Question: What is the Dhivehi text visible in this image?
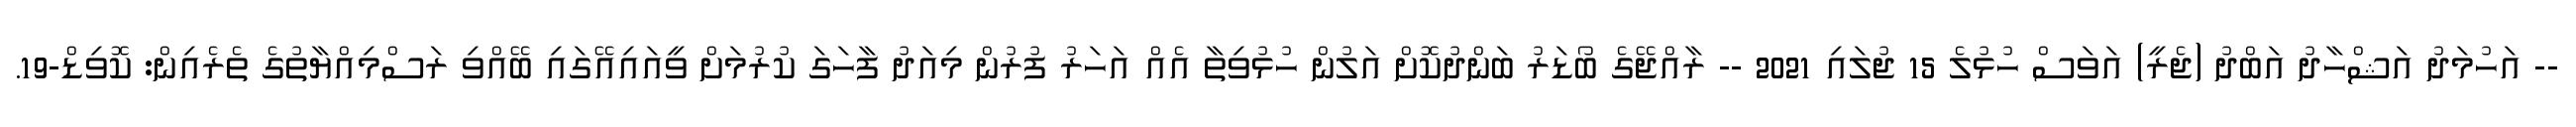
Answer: -- އަހުމަދު އަޝްހާދު އަބްދު (ޖެރީ) އަވަސް ހުޅުލެ 15 ޖުލައި 2021 -- ރާއްޖޭގެ ބޯޑަރު ބަންދުކޮށް އަލުން ހުޅުވިތާ އެއް އަހަރު ފުރުން މިއަދު ފާހަގަ ކުރުމަށް ވީއައިއޭގައި ބޭއްވި ރަސްމިއްޔާތުގެ ތެރެއިން: ކޮވިޑް-19.